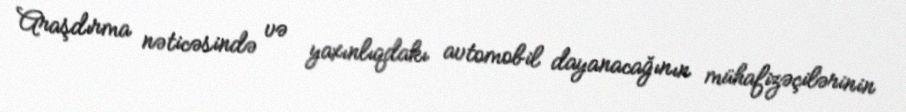
Araşdırma nəticəsində və yaxınlıqdakı avtomobil dayanacağının mühafizəçilərinin